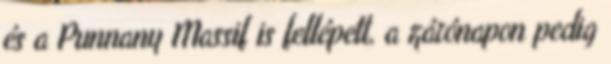
és a Punnany Massif is fellépett, a zárónapon pedig